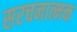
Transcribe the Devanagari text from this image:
सरचनात्मक